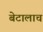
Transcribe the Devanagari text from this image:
बेटालाच